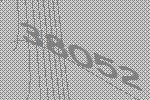
38052